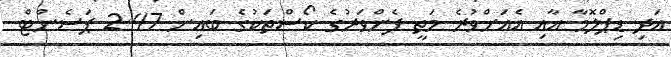
އަދި ޑިޕްލޮމާ އާއި އެއަށްވުރެ މަތީ ފެންވަރުގެ ކޯސްތަކުގެ ބައިން 2.47 ޕަސެންޓް